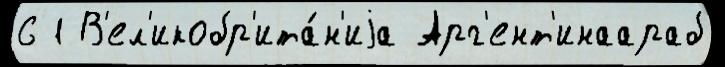
6 1 В'ел'икобр'ита́н'иjа Арг'ент'инаараб